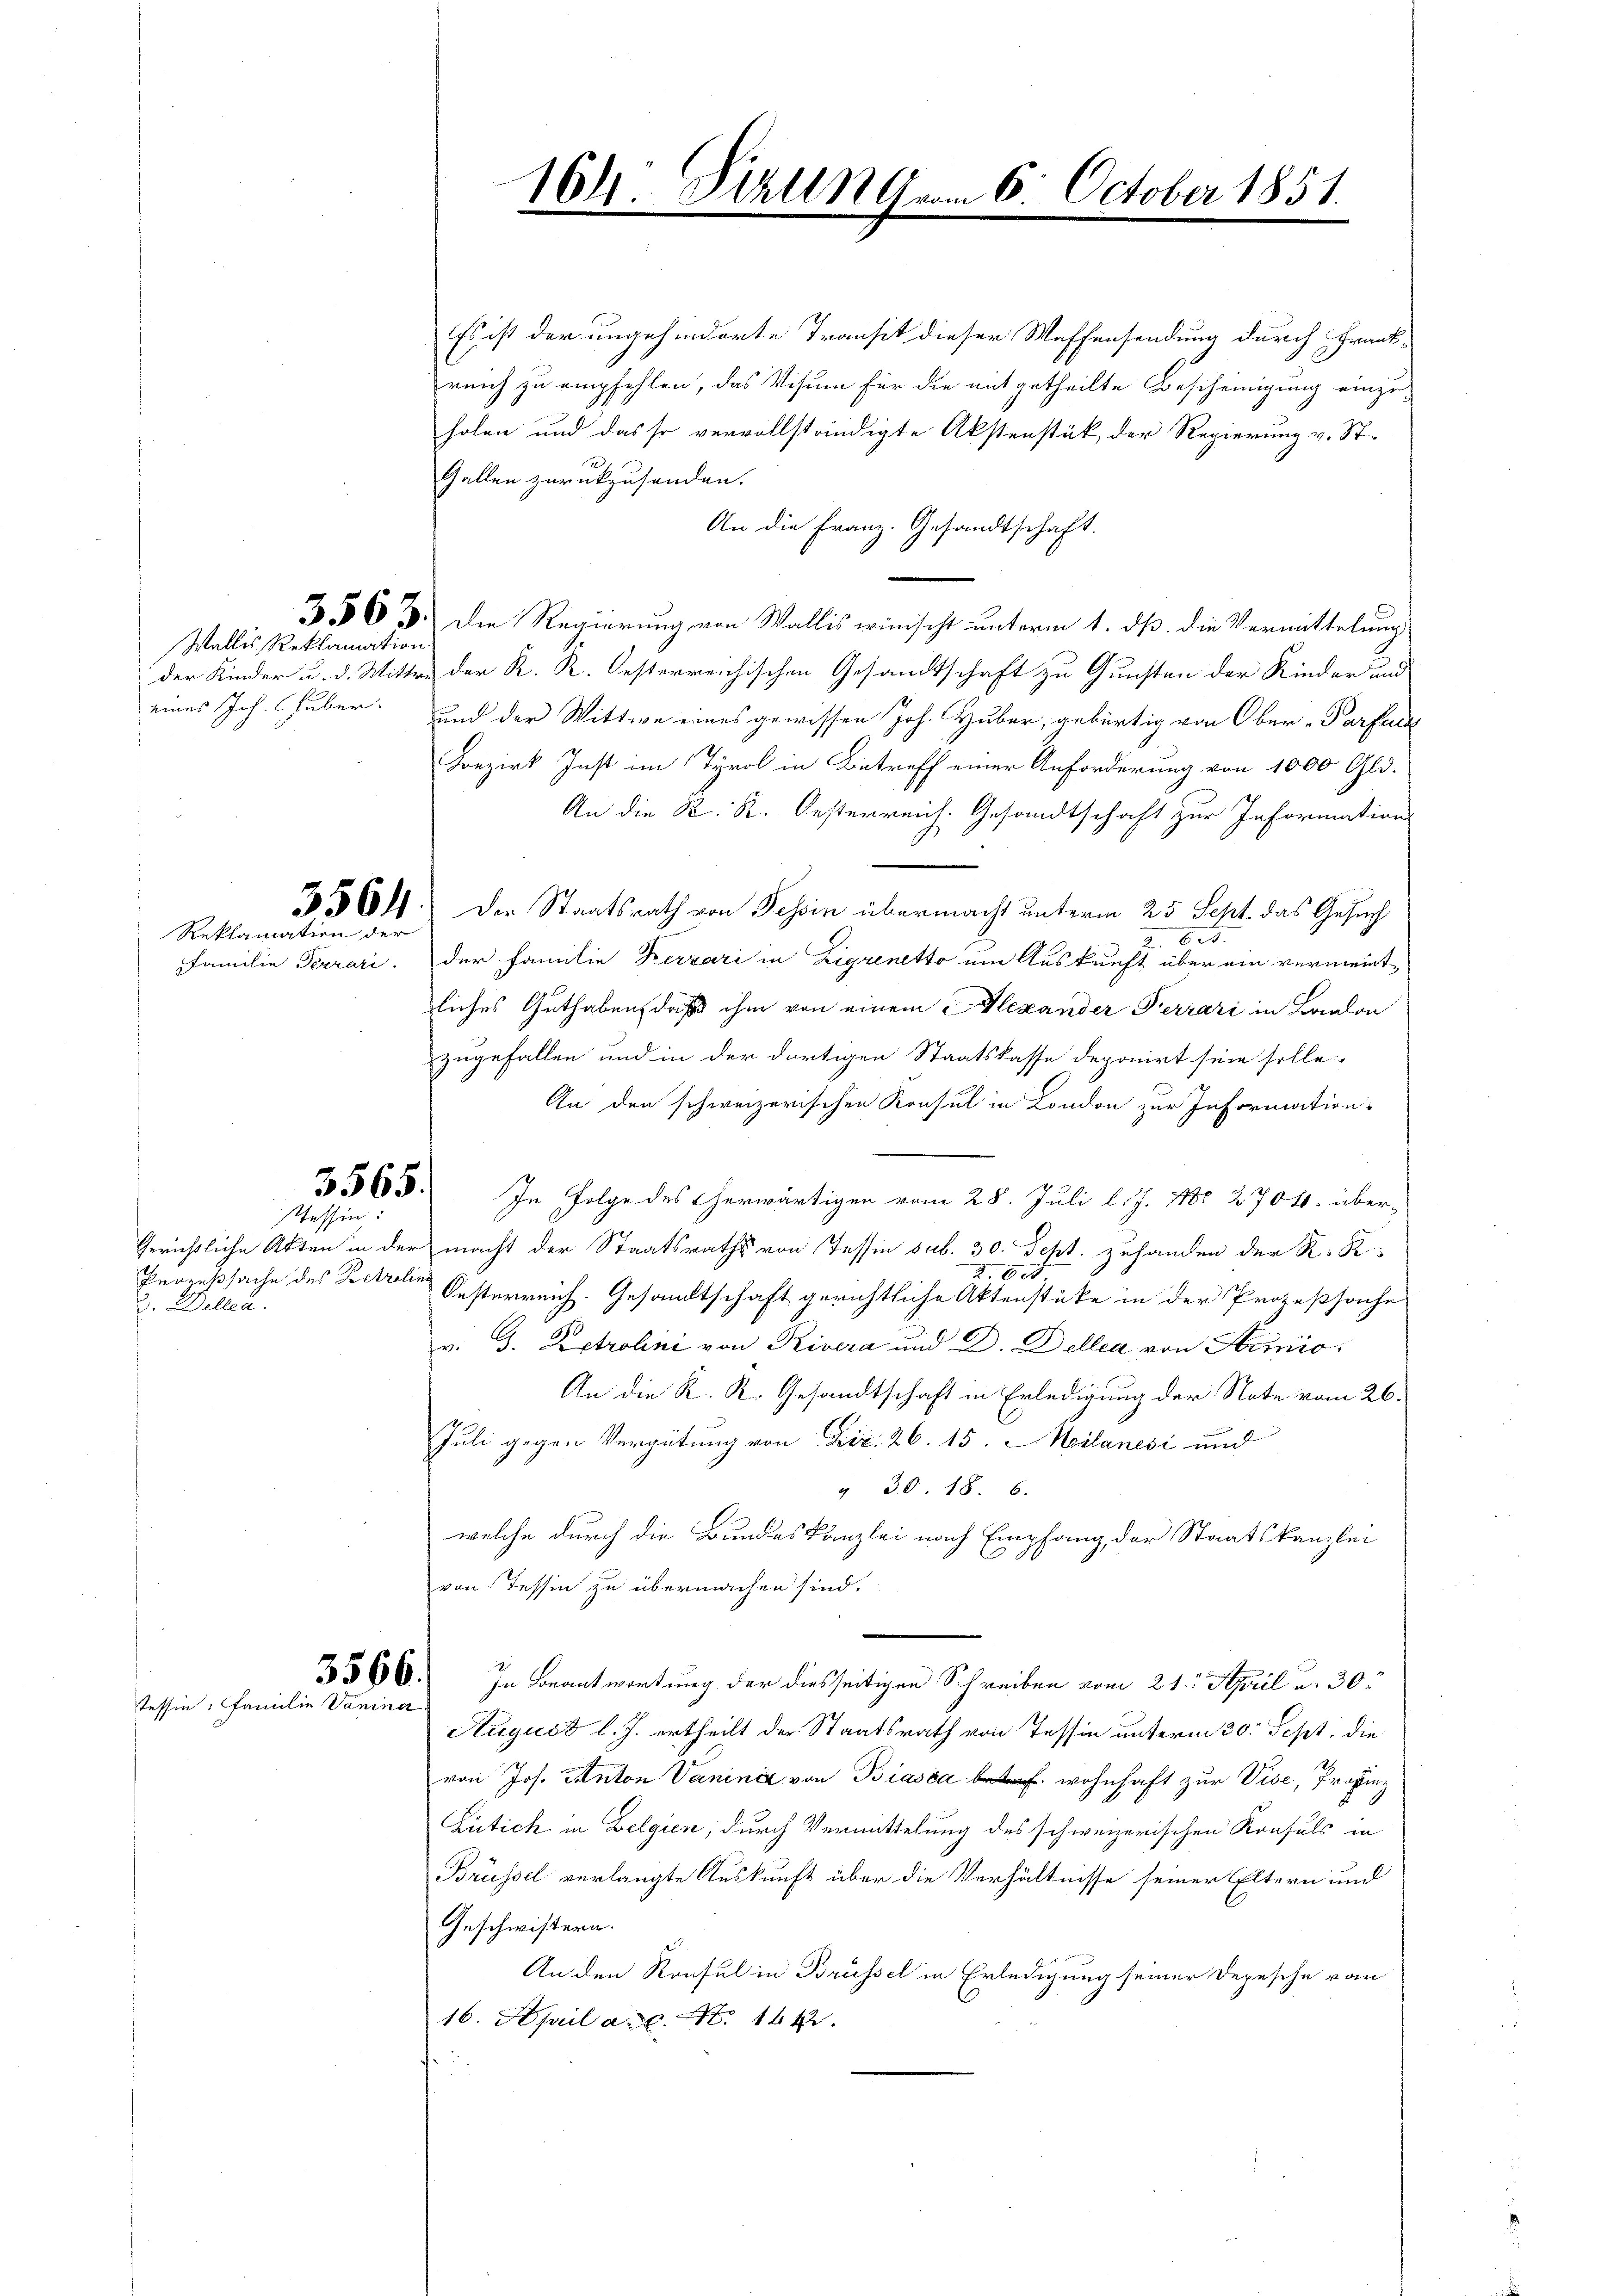
Wallis, Reklamation

Familie Terrari

5564.
Reklamation der

Tessin:

2. Dellen.

Tessin: Familie Vaniner

Es ist der ungehinderte Transit dieser Waffensendung durch Frank-
reich zu empfehlen, das Visum für die mitgetheilte Bescheinigung einzuholen und das so vervollständigte Abstenstük der Regierung v. St.
1
Gallen zurückzusenden.
An die Franz. Gesandtschaft.
3563. Die Regierung von Wallis wünscht unterm 1. ds. die Vermittelung
der Kinder u. d. Mittwe der K. K. Oesterreichischen Gesandtschaft zu Gunsten der Kinder und
eines Joh. Guber. und der Wittwe eines gewissen Joh. Huber, gebürtig von Ober-Parfert
Bezirk Inst im Tyrol in Betreff einer Anforderung von 1000 Gld.
An die K. K. Oesterreich. Gesandtschaft zur Information
Der Staatsrath von Tessin übermacht unterm 25 Sept. das Gesuch
A. 623.
der Familie Berzári in Zigrinetto um Auskunft über ein vermeintliches Guthaben, daß ihm von einem Alexander Ferrari in Baalon
zugefallen und in der dortigen Staatskasse deponirt sein solle.
An den schweizerischen Konsul in London zur Information
3565. In Folge des Cherwärtigen vom 28. Juli l. J. Nr. 2704. über-
Gerichtliche Akten in der macht der Staatsraths von Tessin sub. 30. Sept. zuhanden der K. R.
2. 800
Pegenssache des Betrie Oesterreich. Gesandtschaft gerichtliche Aktenstüke in der Prozeßsache
v. G. Estrolini von Rivera und D. Dellen von Hermio¬
An die K. R. Gesandtschaft in Erledigung der Note vom 26.
Juli gegen Vergütung von Dir. 26. 15. Heilanesi und
" 30. 18. 6.
welche durch die Bundeskanzlei nach Empfang, der Staatskanzlei
von Tessin zu übermachen sind.
2360. In Beantwortung der diesseitigen Schreiben vom 21. April u. 30.
August l. J. ertheilt der Staatsrath von Tessin unterm 30. Sept, die
von Jos. Anton Vanina von Biasca wohnhaft zur Vise, Provinz
Zütich in Belgien, durch Vermittelung des schweizerischen Konsuls in
Brüssel verlangte Auskunft über die Verhältnisse seiner Eltern und
Geschwistern.
An den Konsul in Brüssel in Erledigung seiner Depesche von
16. April a. c. S. 164.

164. Pirung vom 6. October 1851.